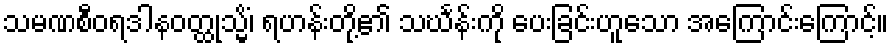
သမဏစီဝရဒါနဝတ္ထုသ္မိံ၊ ရဟန်းတို့၏ သင်္ဃန်းကို ပေးခြင်းဟူသော အကြောင်းကြောင့်။